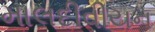
માલદીવીયન